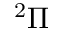
^ 2 \Pi